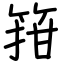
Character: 箝